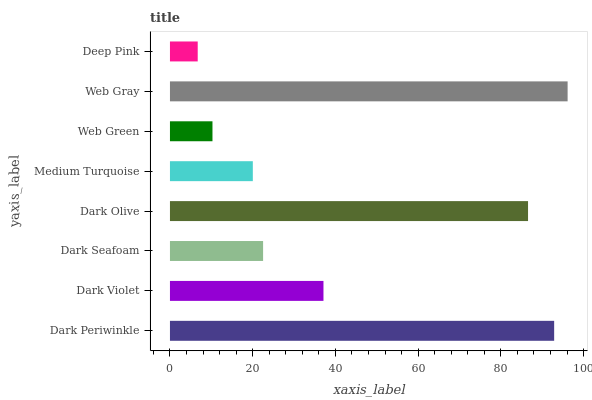
| yaxis_label | bars |
 | --- | --- |
 | Dark Periwinkle | 92.9 |
 | Dark Violet | 37.1 |
 | Dark Seafoam | 22.5 |
 | Dark Olive | 86.6 |
 | Medium Turquoise | 20 |
 | Web Green | 10.3 |
 | Web Gray | 96.1 |
 | Deep Pink | 6.71 |